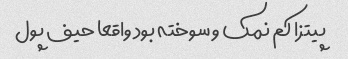
پیتزا کم نمک و سوخته بود واقعا حیف پول